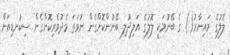
ލޮލުގެ މައިނާރު() ގެ ބޭނުމަކީ ލޮލުގެ އަލިދުލި ބޭނުންކޮށްގެން ނުވަތަ މެދުވެރިކޮށްގެން ސިކުނޑިއަށް